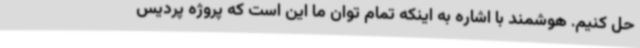
حل کنیم. هوشمند با اشاره به اینکه تمام توان ما این است که پروژه پردیس